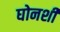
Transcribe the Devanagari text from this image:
घोनशी